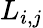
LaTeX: L_{i,j}